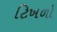
ટિખળો